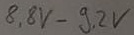
Text: 8,8V-9,2V